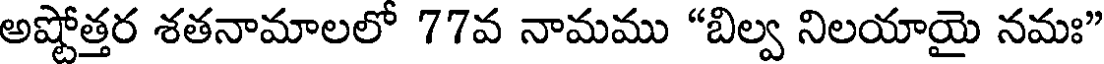
అష్టోత్తర శతనామాలలో 77వ నామము "బిల్వ నిలయాయై నమః"